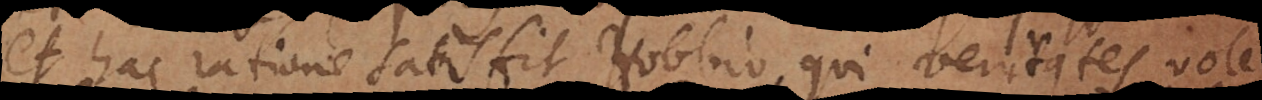
et hac ratione satisfit Hobbio, qui veritates volebat